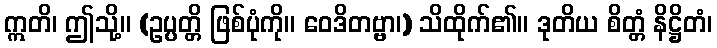
ဣတိ၊ ဤသို့။ (ဥပ္ပတ္တိ ဖြစ်ပုံကို။ ဝေဒိတဗ္ဗာ၊) သိထိုက်၏။ ဒုတိယ စိတ္တံ နိဋ္ဌိတံ၊